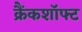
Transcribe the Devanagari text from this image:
क्रैंकशॉफ्ट